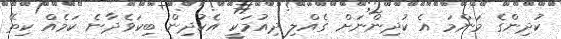
ކުދިންގެ މަންމަ އެ ކުދިންނަށް ގެއްލި ދިއުމަކީ އެކުދިން ބިކަވެދާނެ ކަމެއް ކިތޭ